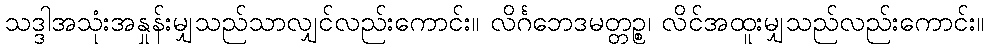
သဒ္ဒါအသုံးအနှုန်းမျှသည်သာလျှင်လည်းကောင်း။ လိင်္ဂဘေဒမတ္တဉ္စ၊ လိင်အထူးမျှသည်လည်းကောင်း။